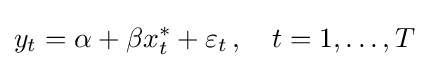
y_{t}=\alpha +\beta x_{t}^{*}+\varepsilon _{t}\,,\quad t=1,\ldots ,T